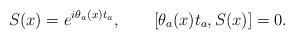
LaTeX: \begin{align*} S(x) = e^{i\theta_a(x) t_a}, \qquad [\theta_a(x) t_a, S(x)] = 0.\end{align*}